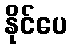
နိုင်ပေ